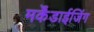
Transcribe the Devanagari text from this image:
मर्केंडाईजिंग